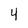
Character: 4